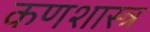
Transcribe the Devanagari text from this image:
कणशास्त्र